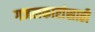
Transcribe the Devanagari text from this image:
गजलकारांसाठी